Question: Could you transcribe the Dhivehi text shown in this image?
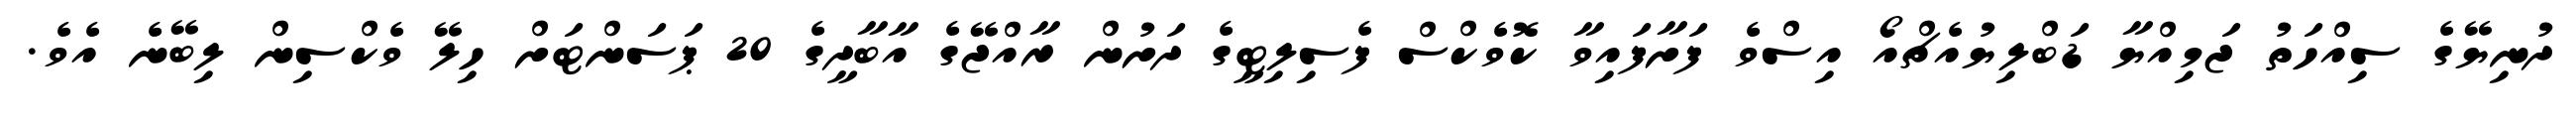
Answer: ދުނިޔޭގެ ސިއްހަތު ޖަމިއްޔާ ޑަބްލިޔުއެޗްއޯ އިސްވެ ފަށާފައިވާ ކޮވެކްސް ފެސިލިޓީގެ ދަށުން ރާއްޖޭގެ އާބާދީގެ 20 ޕަސަންޓަށް ހިލޭ ވެކްސިން ލިބޭނެ އެވެ.